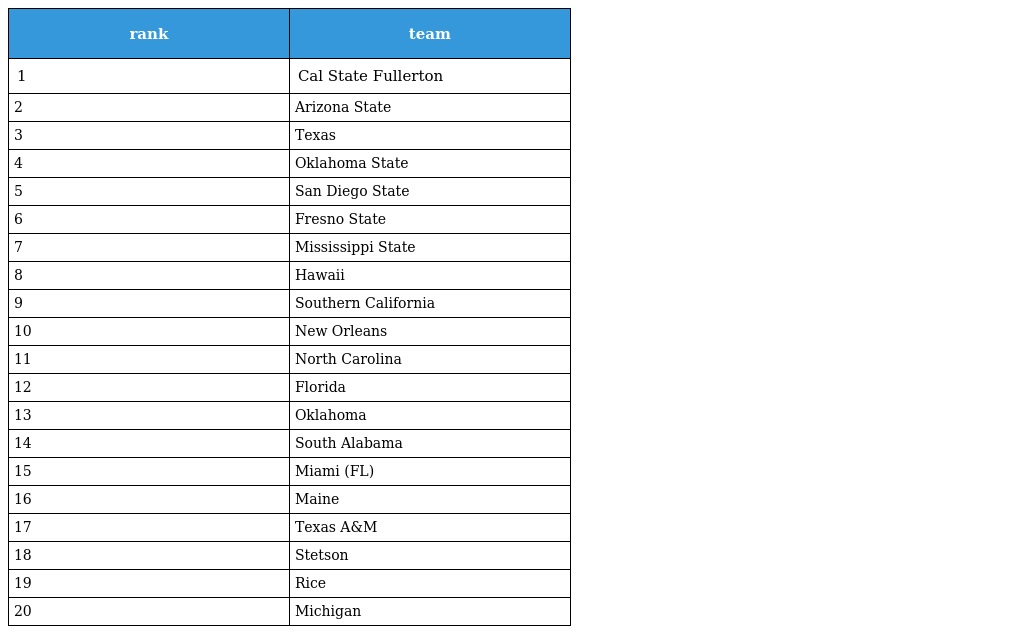
| rank | team |
 | --- | --- |
 | 1 | Cal State Fullerton |
 | 2 | Arizona State |
 | 3 | Texas |
 | 4 | Oklahoma State |
 | 5 | San Diego State |
 | 6 | Fresno State |
 | 7 | Mississippi State |
 | 8 | Hawaii |
 | 9 | Southern California |
 | 10 | New Orleans |
 | 11 | North Carolina |
 | 12 | Florida |
 | 13 | Oklahoma |
 | 14 | South Alabama |
 | 15 | Miami (FL) |
 | 16 | Maine |
 | 17 | Texas A&M |
 | 18 | Stetson |
 | 19 | Rice |
 | 20 | Michigan |